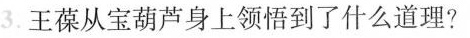
3 . 王葆从宝葫芦身上领悟到了什么道理？